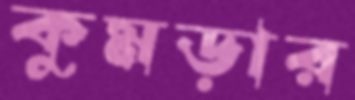
কুমড়ার